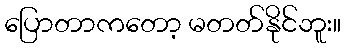
ပြောတာကတော့ မတတ်နိုင်ဘူး။